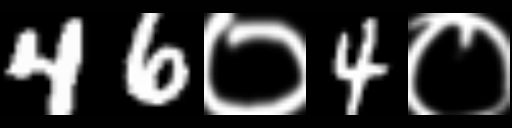
Text: 46०4०